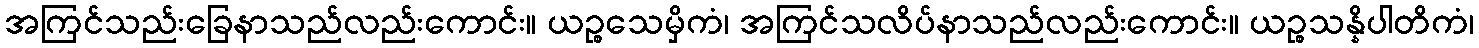
အကြင်သည်းခြေနာသည်လည်းကောင်း။ ယဉ္စသေမှိကံ၊ အကြင်သလိပ်နာသည်လည်းကောင်း။ ယဉ္စသန္နိပါတိကံ၊